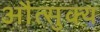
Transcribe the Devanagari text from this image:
औत्सुक्‍य